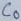
Text: C0